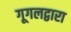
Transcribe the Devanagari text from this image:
गूगलद्वारा